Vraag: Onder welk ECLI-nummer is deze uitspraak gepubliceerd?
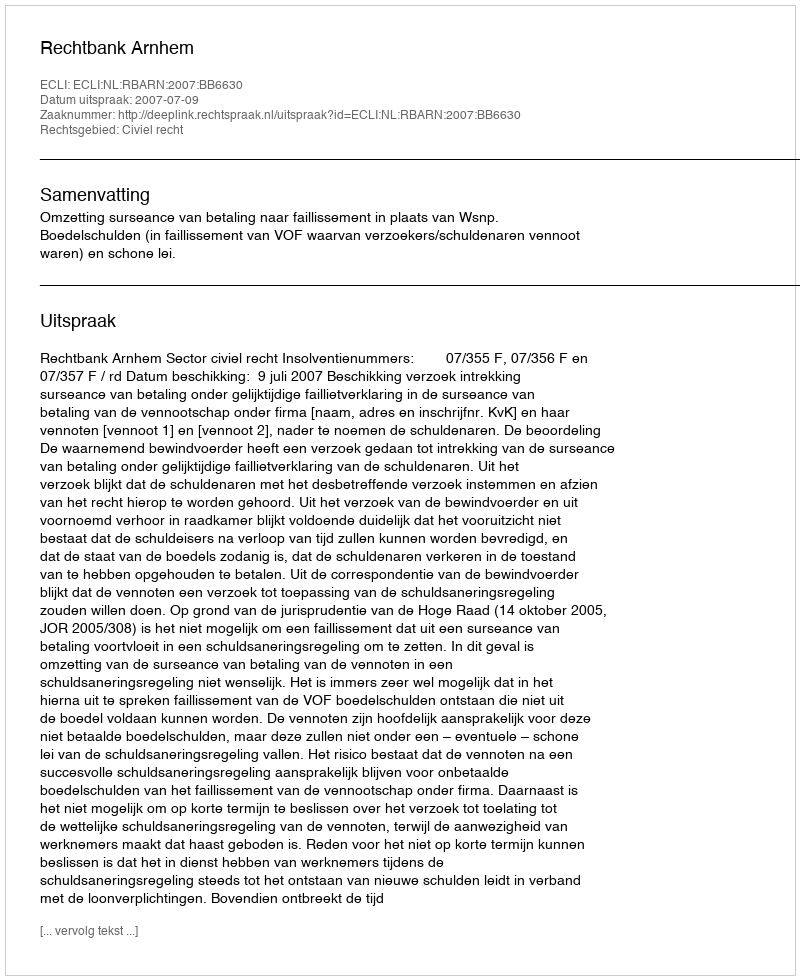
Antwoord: ECLI:NL:RBARN:2007:BB6630